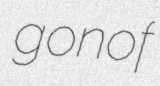
gonof